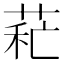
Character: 𦱐